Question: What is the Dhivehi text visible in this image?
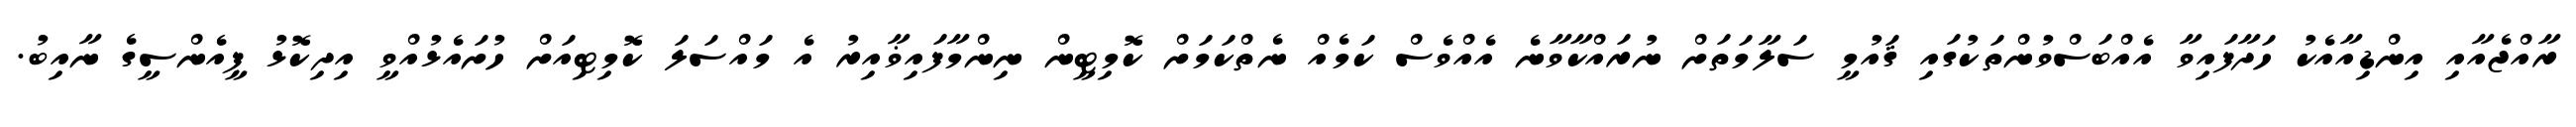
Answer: ރާއްޖެއާއި އިންޑިއާއެކު ހަދާފައިވާ އެއްބަސްވުންތަކުގައި ޤައުމީ ސަލާމަތަށް ނުރައްކާވާނެ އެއްވެސް ކަމެއް ނެތްކަމަށް ކޮމިޓީން ނިންމާފައިޥާއިރު އެ މައްސަލަ ކޮމިޓިއަށް ހުށައެޅުއްވީ އިދިކޮޅު ޕީއެންސީގެ ނާއިބު.